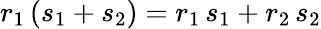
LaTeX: r_{1}\, (s_{1}+s_{2})=r_{1}\, s_{1}+r_{2}\, s_{2}